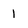
Character: l